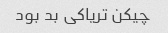
چیکن تریاکی بد بود